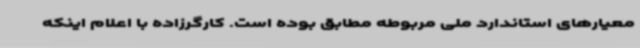
معیارهای استاندارد ملی مربوطه مطابق بوده است. کارگرزاده با اعلام اینکه